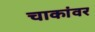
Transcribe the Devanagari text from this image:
चाकांवर